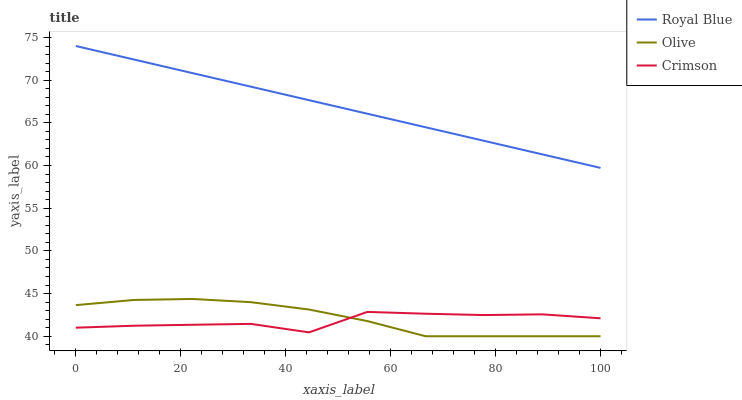
| xaxis_label | Royal Blue | Olive | Crimson |
 | --- | --- | --- | --- |
 | 0 | 74 | 43.6 | 41 |
 | 11.1 | 72.4 | 44.3 | 41.2 |
 | 22.2 | 70.8 | 44.4 | 41.3 |
 | 33.3 | 69.2 | 44 | 41.5 |
 | 44.4 | 67.7 | 43.1 | 40.5 |
 | 55.6 | 66.1 | 41.8 | 42.9 |
 | 66.7 | 64.5 | 40 | 42.6 |
 | 77.8 | 62.9 | 40 | 42.5 |
 | 88.9 | 61.3 | 40 | 42.6 |
 | 100 | 59.7 | 40 | 42.1 |